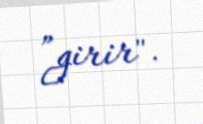
”girir".